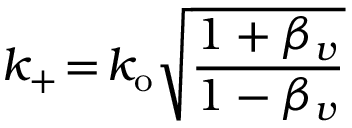
k _ { + } \! = \! k _ { \mathrm { o } } \sqrt { \frac { 1 + \beta _ { v } } { 1 - \beta _ { v } } }